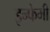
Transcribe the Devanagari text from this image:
इन्फेमी